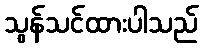
သွန်သင်ထားပါသည်